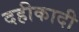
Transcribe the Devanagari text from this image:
दहीकादी